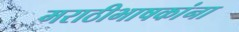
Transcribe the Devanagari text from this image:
मराठीभाषकांना